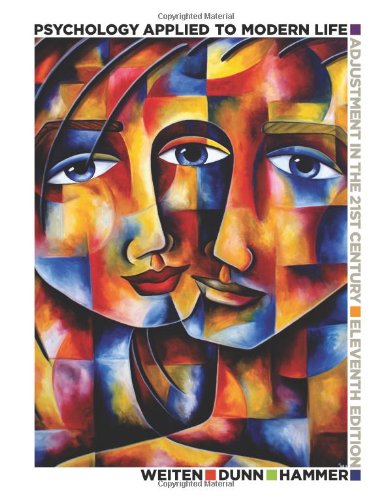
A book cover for Psychology Applied to Modern Life: Adjustment in the 21st Century; Wayne Weiten; Medical Books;